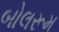
બોલરૂમ